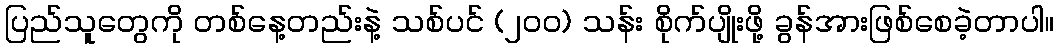
ပြည်သူတွေကို တစ်နေ့တည်းနဲ့ သစ်ပင် (၂၀၀) သန်း စိုက်ပျိုးဖို့ ခွန်အားဖြစ်စေခဲ့တာပါ။